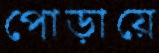
পোড়ায়ে